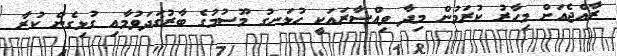
ރާއްޖެއަށް މިހާރު ކުރަމުން މިދާ ވިއްސާރައަކީ ހުޅަނގު މޫސުމުގެ ބާރުގަދަވުމާއި ގުޅިގެން ކުރާ